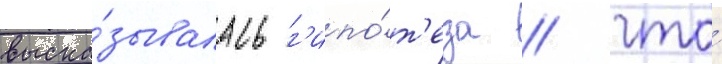
выска́зывалась г'ипо́т'еза / что́